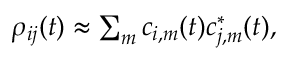
\begin{array} { r } { \rho _ { i j } ( t ) \approx \sum _ { m } c _ { i , m } ( t ) c _ { j , m } ^ { \ast } ( t ) , } \end{array}